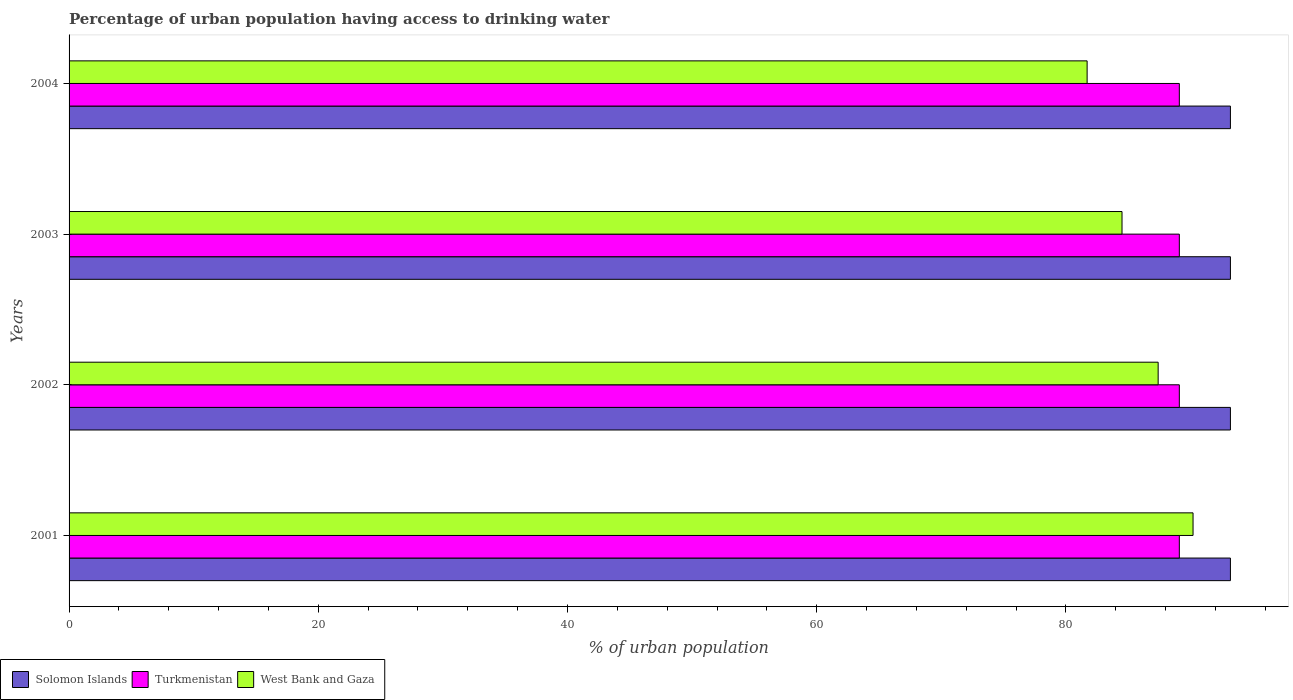
| Years | Solomon Islands | Turkmenistan | West Bank and Gaza |
 | --- | --- | --- | --- |
 | 2001 | 93.2 | 89.1 | 90.2 |
 | 2002 | 93.2 | 89.1 | 87.4 |
 | 2003 | 93.2 | 89.1 | 84.5 |
 | 2004 | 93.2 | 89.1 | 81.7 |